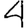
Digit: 4